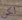
لكن